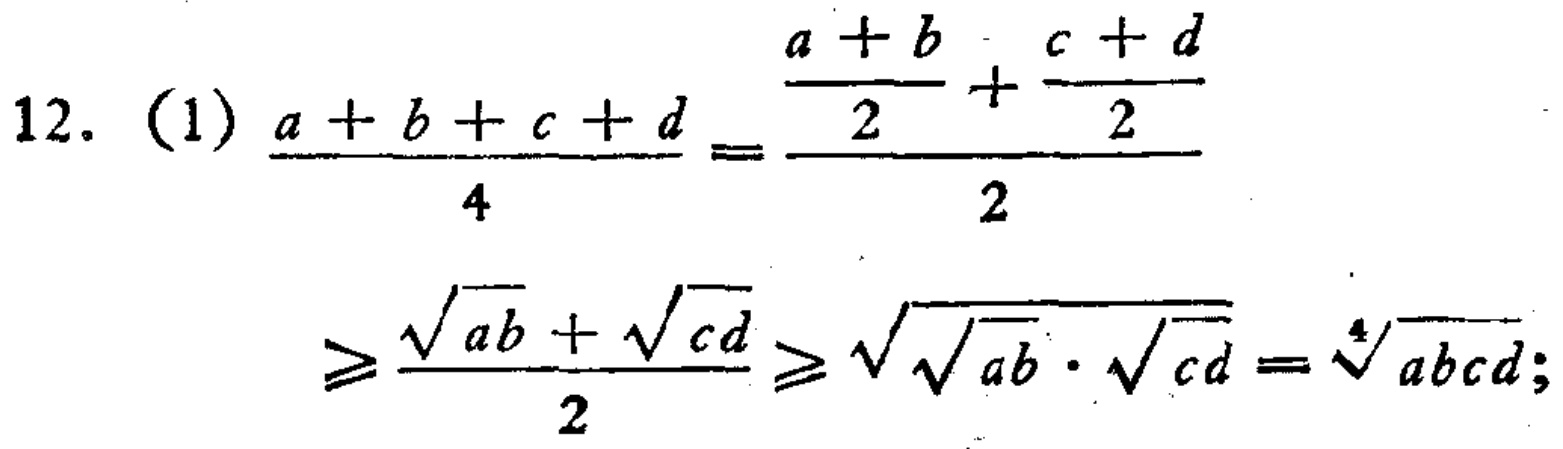
\[

\begin{align*}

\frac{a + b + c + d}{4}&=\frac{\frac{a + b}{2}+\frac{c + d}{2}}{2}\\

&\geqslant\frac{\sqrt{ab}+\sqrt{cd}}{2}\geqslant\sqrt{\sqrt{ab}\cdot\sqrt{cd}}=\sqrt[4]{abcd};

\end{align*}

\]